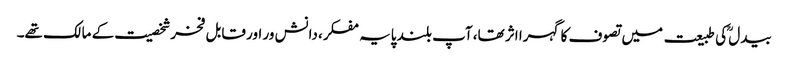
بیدل ؒکی طبیعت میں تصوف کا گہرا اثر تھا، آپ بلند پایہ مفکر، دانش ور اور قابل فخرشخصیت کے مالک تھے۔